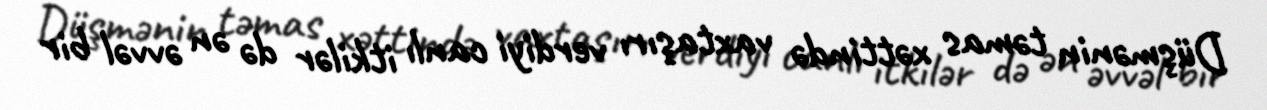
Düşmənin təmas xəttində vaxtaşırı verdiyi canlı itkilər də ən əvvəl bir